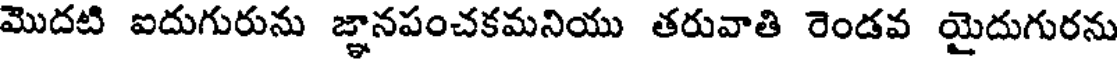
మొదటి ఐదుగురును జ్ఞానపంచకమనియు తరువాతి రెండవ యైదుగురను